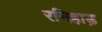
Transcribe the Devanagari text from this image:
रनिहाड़